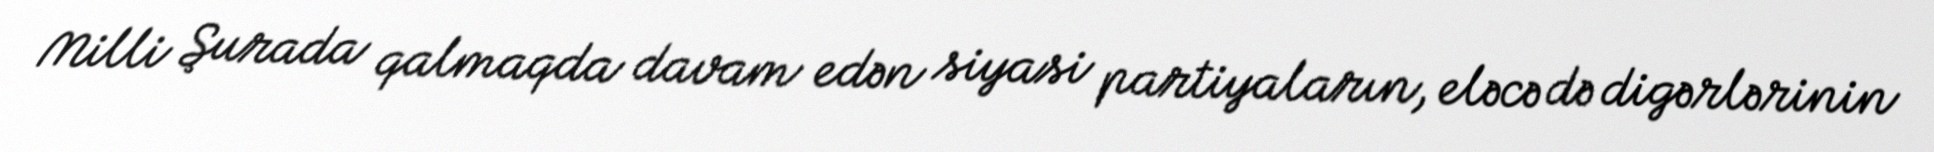
Milli Şurada qalmaqda davam edən siyasi partiyaların, eləcə də digərlərinin